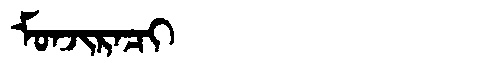
Manchu: ᠮᠣᠨᠵᡳᡵᠠᠴᡳ
Romanization: MONJIRACI